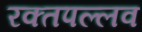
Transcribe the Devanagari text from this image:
रक्तपल्लव